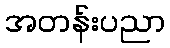
အတန်းပညာ